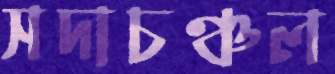
সদাচঞ্চল